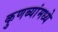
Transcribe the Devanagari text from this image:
कुणब्यांमध्ये